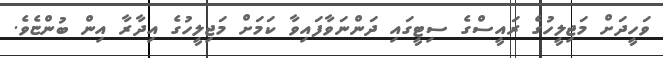
ވަހީދަށް މަޖިލީހުގެ ރައީސްގެ ސިޓީގައި ދަންނަވާފައިވާ ކަމަށް މަޖިލީހުގެ އިދާރާ އިން ބުންޏެވެ.